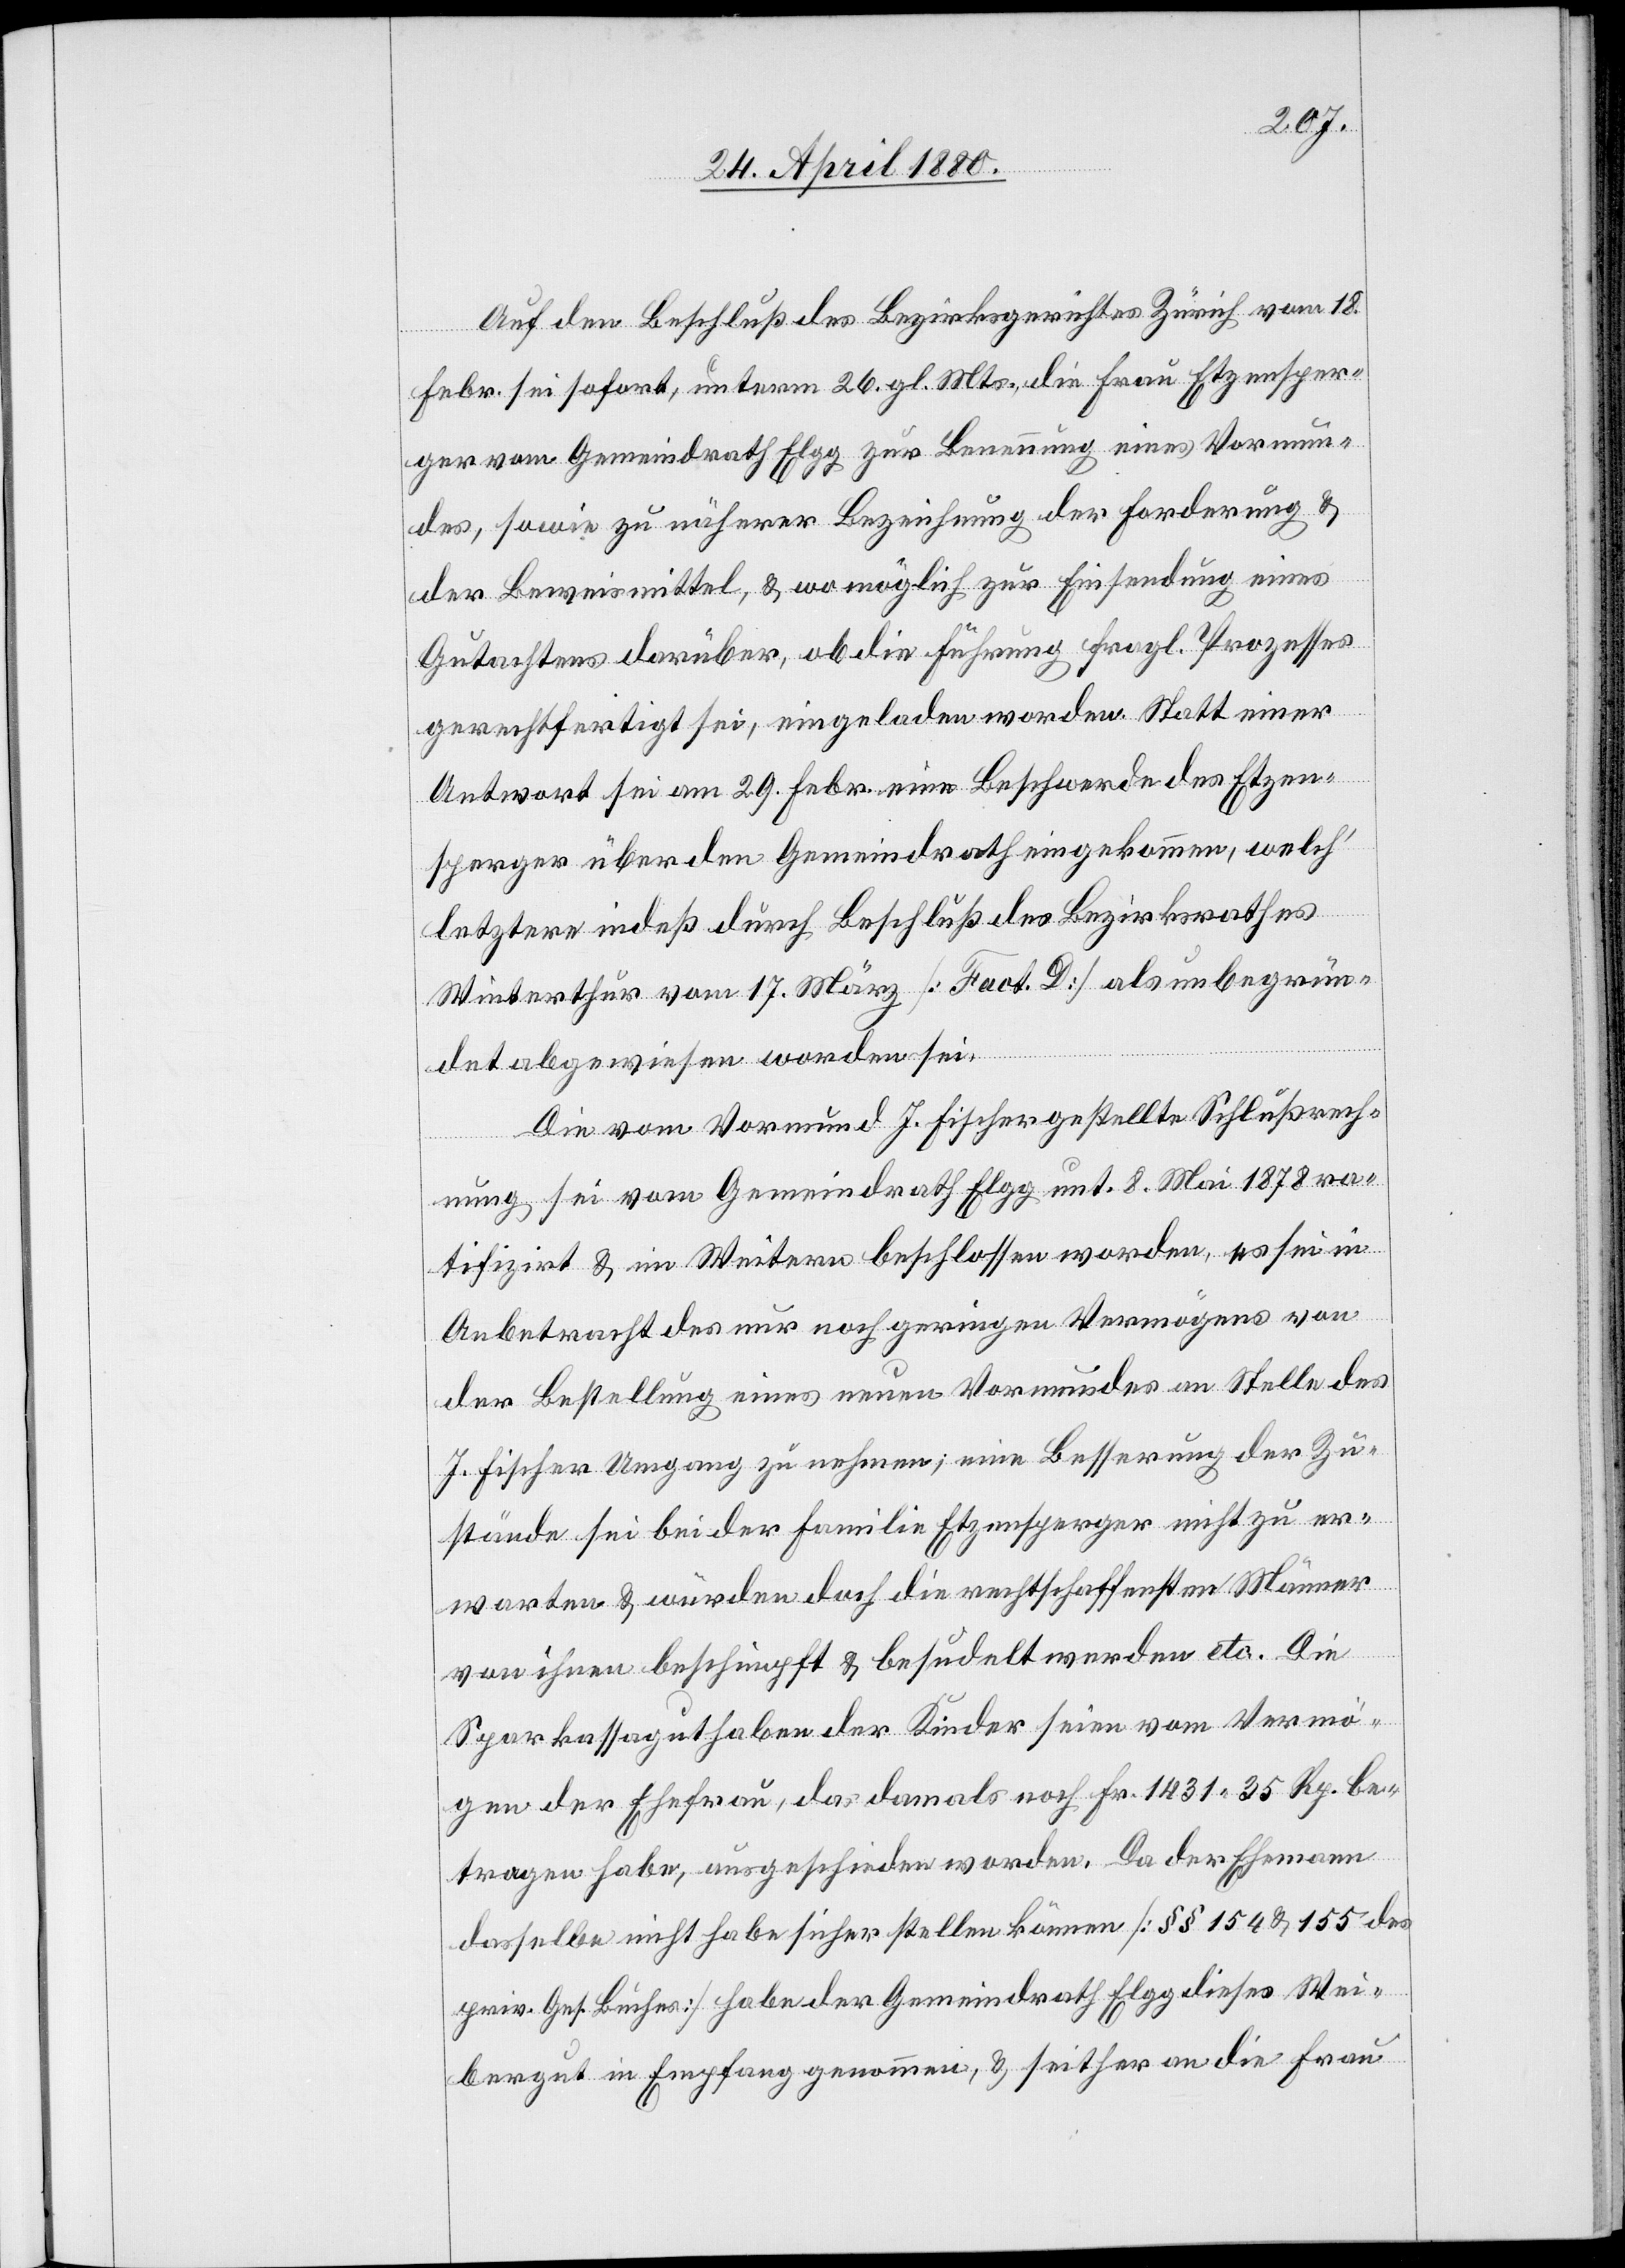
Auf den Beschluß des Bezirksgerichtes Zürich vom 18.
Febr. sei sofort, unterm 26. gl. Mts., die Frau Etzensper¬
ger vom Gemeindrath Elgg zur Benennung eines Vormun¬
des, sowie zu näherer Bezeichnung der Forderung &
der Beweismittel, & wo möglich zur Einsendung eines
Gutachtens darüber, ob die Führung fragl. Prozesses
gerechtfertigt sei, eingeladen worden. Statt einer
Antwort sei am 29. Febr. eine Beschwerde des Etzen¬
sperger über den Gemeindrath eingekommen, welch‘
letztere indeß durch Beschluß des Bezirksrathes
Winterthur vom 17. März [Fact. D] als unbegrün¬
det abgewiesen worden sei.
Die vom Vormund J. Fischer gestellte Schlußrech¬
nung sei vom Gemeindrath Elgg unt. 8. Mai 1878 ra¬
tifizirt & im Weitern beschlossen worden, es sei in
Anbetracht des nur noch geringen Vermögens von
der Bestellung eines neuen Vormundes an Stelle des
J. Fischer Umgang zu nehmen; eine Besserung der Zu¬
stände sei bei der Familie Etzensperger nicht zu er¬
warten & würden doch die rechtschaffensten Männer
von ihnen beschimpft & besudelt werden etc. Die
Sparkassaguthaben der Kinder seien vom Vermö¬
gen der Ehefrau, das damals noch Fr. 1431. 35 Rp. be¬
tragen habe, ausgeschieden worden. Da der Ehemann
dasselbe nicht habe sicher stellen können [§§ 154 & 155 des
priv. Ges. Buches] habe der Gemeindrath Elgg dieses Wei¬
bergut in Empfang genommen, & seither an die Frau